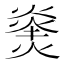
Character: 𪹝